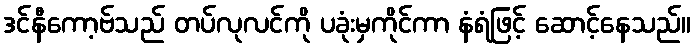
ဒင်နီကော့ဗ်သည် တပ်လုလင်ကို ပခုံးမှကိုင်ကာ နံရံဖြင့် ဆောင့်နေသည်။